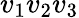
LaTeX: v_{1}v_{2}v_{3}